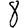
Digit: 8